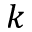
k